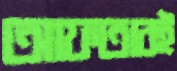
আফতাবই